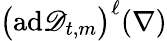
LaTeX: \bigl(\mathrm{ad}\mathscr{D}_{t,m}\bigr)^{\ell}(\nabla)